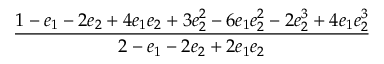
\displaystyle \frac { 1 - e _ { 1 } - 2 e _ { 2 } + 4 e _ { 1 } e _ { 2 } + 3 e _ { 2 } ^ { 2 } - 6 e _ { 1 } e _ { 2 } ^ { 2 } - 2 e _ { 2 } ^ { 3 } + 4 e _ { 1 } e _ { 2 } ^ { 3 } } { 2 - e _ { 1 } - 2 e _ { 2 } + 2 e _ { 1 } e _ { 2 } }